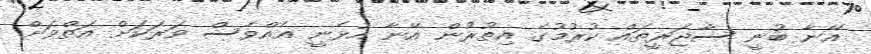
އޭނާ ބުނީ ސާޖަރީތައް ކުރުމުގެ އިތުރުން އޭނާ އުޅެނީ އެއްވެސް ވަރަކަށް އަތްވަށް